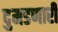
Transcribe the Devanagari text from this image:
दुमडणारी